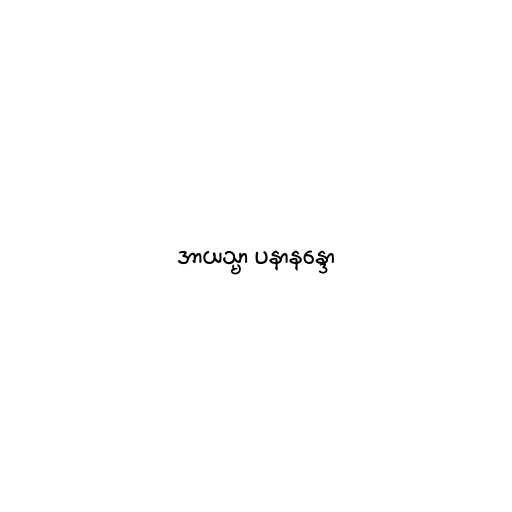
အာယသ္မာ ပနာနန္ဒော